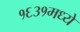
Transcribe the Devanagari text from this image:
१६३१मध्ये